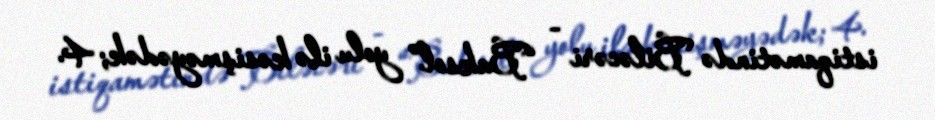
istiqamətində Biləcəri - “Baksol” yolu ilə kəsişməyədək; 4.